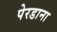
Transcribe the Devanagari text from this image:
पेरडाना